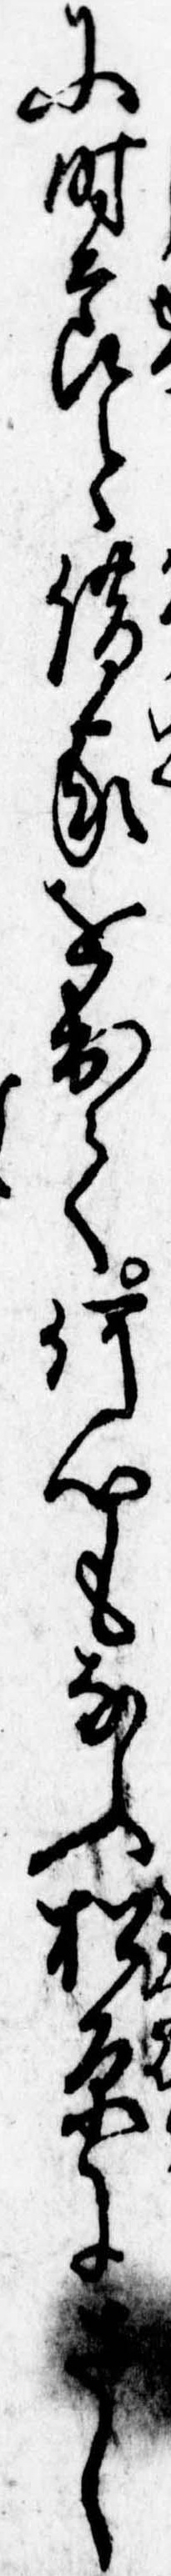
に時節と借家を出て何心もなふ松原にし